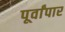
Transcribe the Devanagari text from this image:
पूर्वांपार